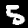
Label: 5